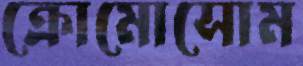
ক্রোমোসোম